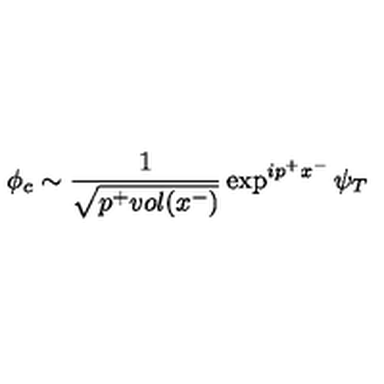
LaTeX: \phi _ { c } \sim \frac 1 { \sqrt { p ^ { + } v o l ( x ^ { - } ) } } \exp ^ { i p ^ { + } x ^ { - } } \psi _ { T }